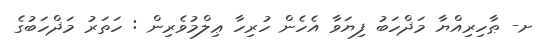
ށ- ޠާހިރިއްޔާ މަޛްހަބު ފިޔަވާ އެހެން ހުރިހާ ޢިލްމުވެރިން : ހަތަރު މަޛްހަބުގެ